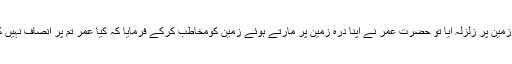
عہد حضرت عمرفاروقؓ میں ایک بار مدینہ منورہ کی سرزمین پر زلزلہ آیا تو حضرت عمرؓ نے اپنا درہ زمین پر مارتے ہوئے زمین کومخاطب کرکے فرمایا کہ کیا عمرؓ تم پر انصاف نہیں کرتا اس کے بات آج تک اس پاک جگہ پر زلزلہ نہیں آیا ۔